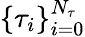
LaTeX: \{ \tau_{i}\} _{i=0}^{N_{\tau}}